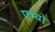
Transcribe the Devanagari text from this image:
एभ्यो